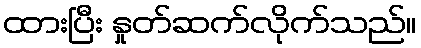
ထားပြီး နှုတ်ဆက်လိုက်သည်။